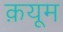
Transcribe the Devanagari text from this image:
क़यूम